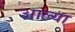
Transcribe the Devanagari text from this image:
अाल्या